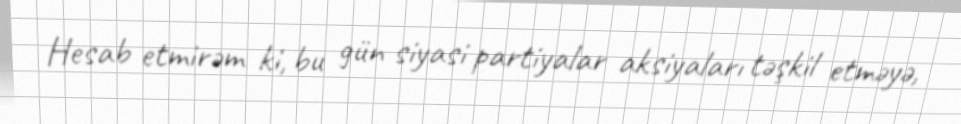
Hesab etmirəm ki, bu gün siyasi partiyalar aksiyaları təşkil etməyə,